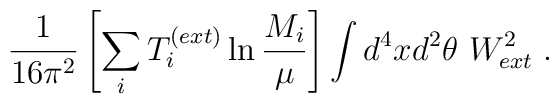
\frac{1}{16\pi^2} \left[ \sum_i T_i^{(ext)} \ln \frac{M_i}{\mu} \right]\int d^4 x d^2\theta ~  W^2_{ext} \;.